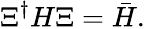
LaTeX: \Xi^{\dagger}H\Xi={\bar{H}}.